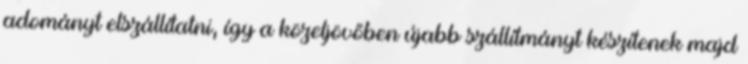
adományt elszállítatni, így a közeljövőben újabb szállítmányt készítenek majd